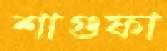
শাগুফা